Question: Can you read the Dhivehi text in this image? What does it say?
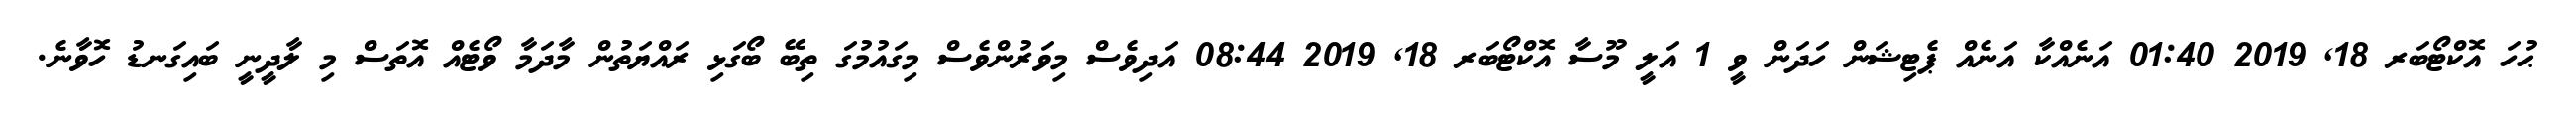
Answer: ޙުހަ އޮކްޓޯބަރ 18, 2019 01:40 އަނެއްކާ އަނެއް ޕެޓިޝަން ހަދަން ވީ 1 އަލީ މޫސާ އޮކްޓޯބަރ 18, 2019 08:44 އަދިވެސް މިވަރުންވެސް މިގައުމުގަ ތިބޭ ބޯގަޅި ރައްޔަތުން މާދަމާ ވޯޓެއް އޮތަސް މި ލާދީނީ ބައިގަނޑު ހޮވާނެ.